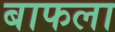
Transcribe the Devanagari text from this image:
बाफला